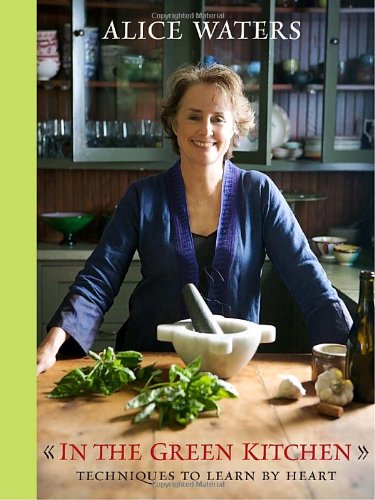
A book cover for In the Green Kitchen: Techniques to Learn by Heart; Alice Waters; Cookbooks, Food & Wine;